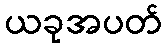
ယခုအပတ်